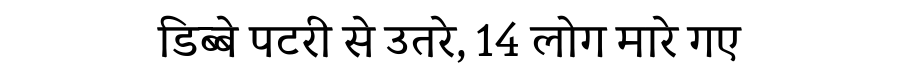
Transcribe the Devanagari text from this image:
डिब्बे पटरी से उतरे, 14 लोग मारे गए